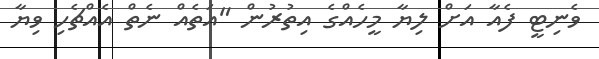
ވެނިޓީ ފެއާ އަށް ލިޔާ މީހެއްގެ އިތުރުން "އަތެއް ނެތް އެއްޗެހި ވިޔާ